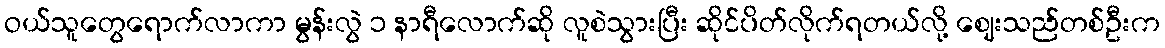
ဝယ်သူတွေရောက်လာကာ မွန်းလွဲ ၁ နာရီလောက်ဆို လူစဲသွားပြီး ဆိုင်ပိတ်လိုက်ရတယ်လို့ ဈေးသည်တစ်ဦးက